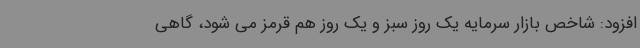
افزود: شاخص بازار سرمایه یک روز سبز و یک روز هم قرمز می شود، گاهی